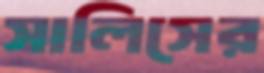
সালিসের